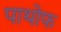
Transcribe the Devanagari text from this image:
पाथोफ